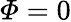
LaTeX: \varPhi=0